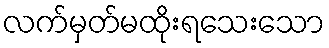
လက်မှတ်မထိုးရသေးသော